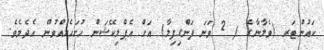
ކައުންޓަރ (ވެލާނާގެ / 2 ވަނަ ފަންގިފިލާ) އަށް އެޕްލިކޭޝަން ހުށަހެޅުއްވުން އެދެމެވެ.